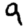
Digit: 9